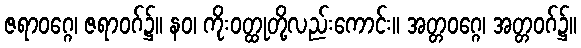
ဇရာဝဂ္ဂေ၊ ဇရာဝဂ်၌။ နဝ၊ ကိုးဝတ္ထုတို့လည်းကောင်း။ အတ္တဝဂ္ဂေ၊ အတ္တဝဂ်၌။